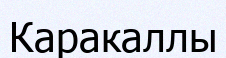
Каракаллы